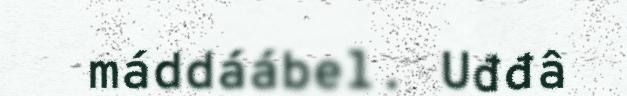
máddáábel. Uđđâ